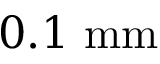
0 . 1 \ \mathrm { m m }